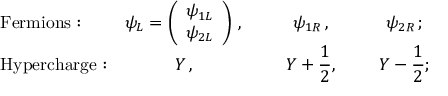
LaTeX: \begin{array} { l c c c } { { \mathrm { F e r m i o n s : } } } & { { \displaystyle \psi _ { L } = \left( \begin{array} { c } { { \psi _ { 1 L } } } \\ { { \psi _ { 2 L } } } \end{array} \right) \, , ~ ~ ~ ~ } } & { { \psi _ { 1 R } \, , ~ ~ ~ ~ } } & { { \psi _ { 2 R } \, ; } } \\ { { \mathrm { H y p e r c h a r g e : } } } & { { Y \, , ~ ~ ~ ~ } } & { { \displaystyle Y + \frac { 1 } { 2 } , ~ ~ ~ ~ } } & { { \displaystyle Y - \frac { 1 } { 2 } ; } } \end{array}